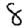
Digit: 8